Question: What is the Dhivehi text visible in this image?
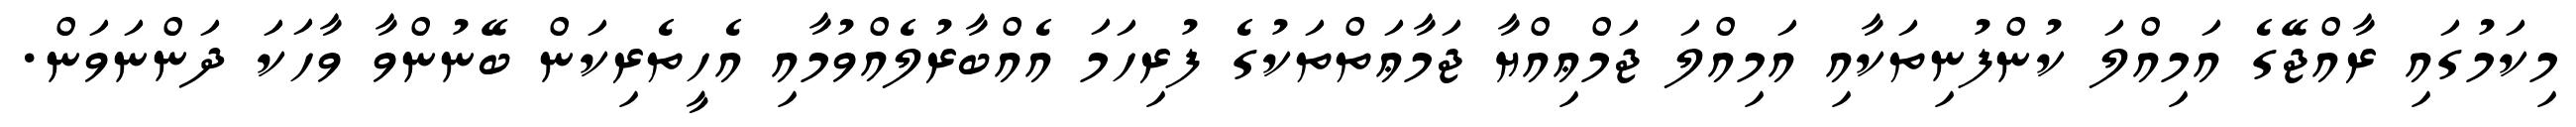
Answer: މިކަމުގައި ރާއްޖޭގެ އަމިއްލަ ކުންފުނިތަކާއި އަމިއްލަ ޖަމްޢިއްޔާ ޖަމާޢަތްތަކުގެ ފުރިހަމަ އެއްބާރުލެއްވުމާއި އެހީތެރިކަން ބޭނުންވާ ވާހަކަ ދަންނަވަން.